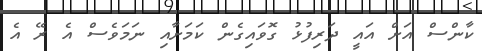
ކާންސް އަށް އައީ ދަރިފުޅު ގޮވައިގެން ކަމަށާއި ނަމަވެސް އެ ރޭ އެ